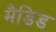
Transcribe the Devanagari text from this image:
मैडिड